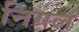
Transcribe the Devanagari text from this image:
निग्रल